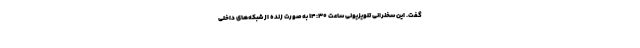
گفت. این سخنرانی تلویزیونی ساعت 14:30 به‌صورت زنده از شبکه‌های داخلی